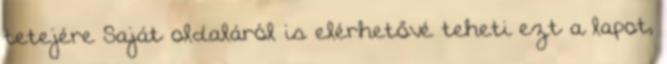
tetejére Saját oldaláról is elérhetővé teheti ezt a lapot,